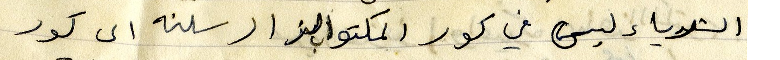
الشدياء ليس في كور المكتوب الو ارسلته الى كور